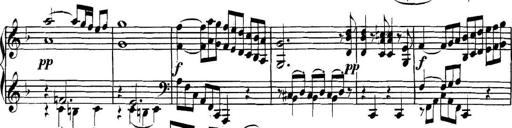
Title: Collected Piano Sonatas
Composer: Muzio Clementi